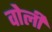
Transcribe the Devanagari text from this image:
वोर्ली